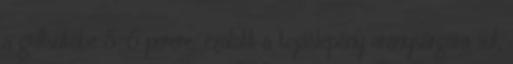
a grillsütőbe 5-6 percre, ezalatt a tojáslepény aranysárgára sül,